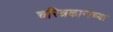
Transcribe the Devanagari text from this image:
चरित्रकाराच्या